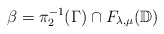
\begin{align*}\beta=\pi_2^{-1}(\Gamma)\cap F_{\lambda,\mu}(\mathbb{D})\end{align*}